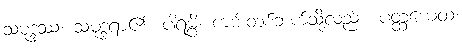
သမုဒ္ဒဿ၊ သမုဒ္ဒရာ၏။ ပါရမ္ပိ၊ ကမ်းတစ်ဘက်သို့လည်း။ ပတ္ထယေထ၊